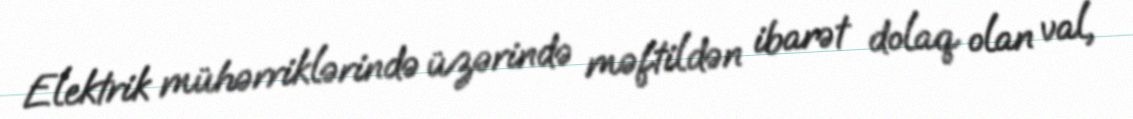
Elektrik mühərriklərində üzərində məftildən ibarət dolaq olan val,